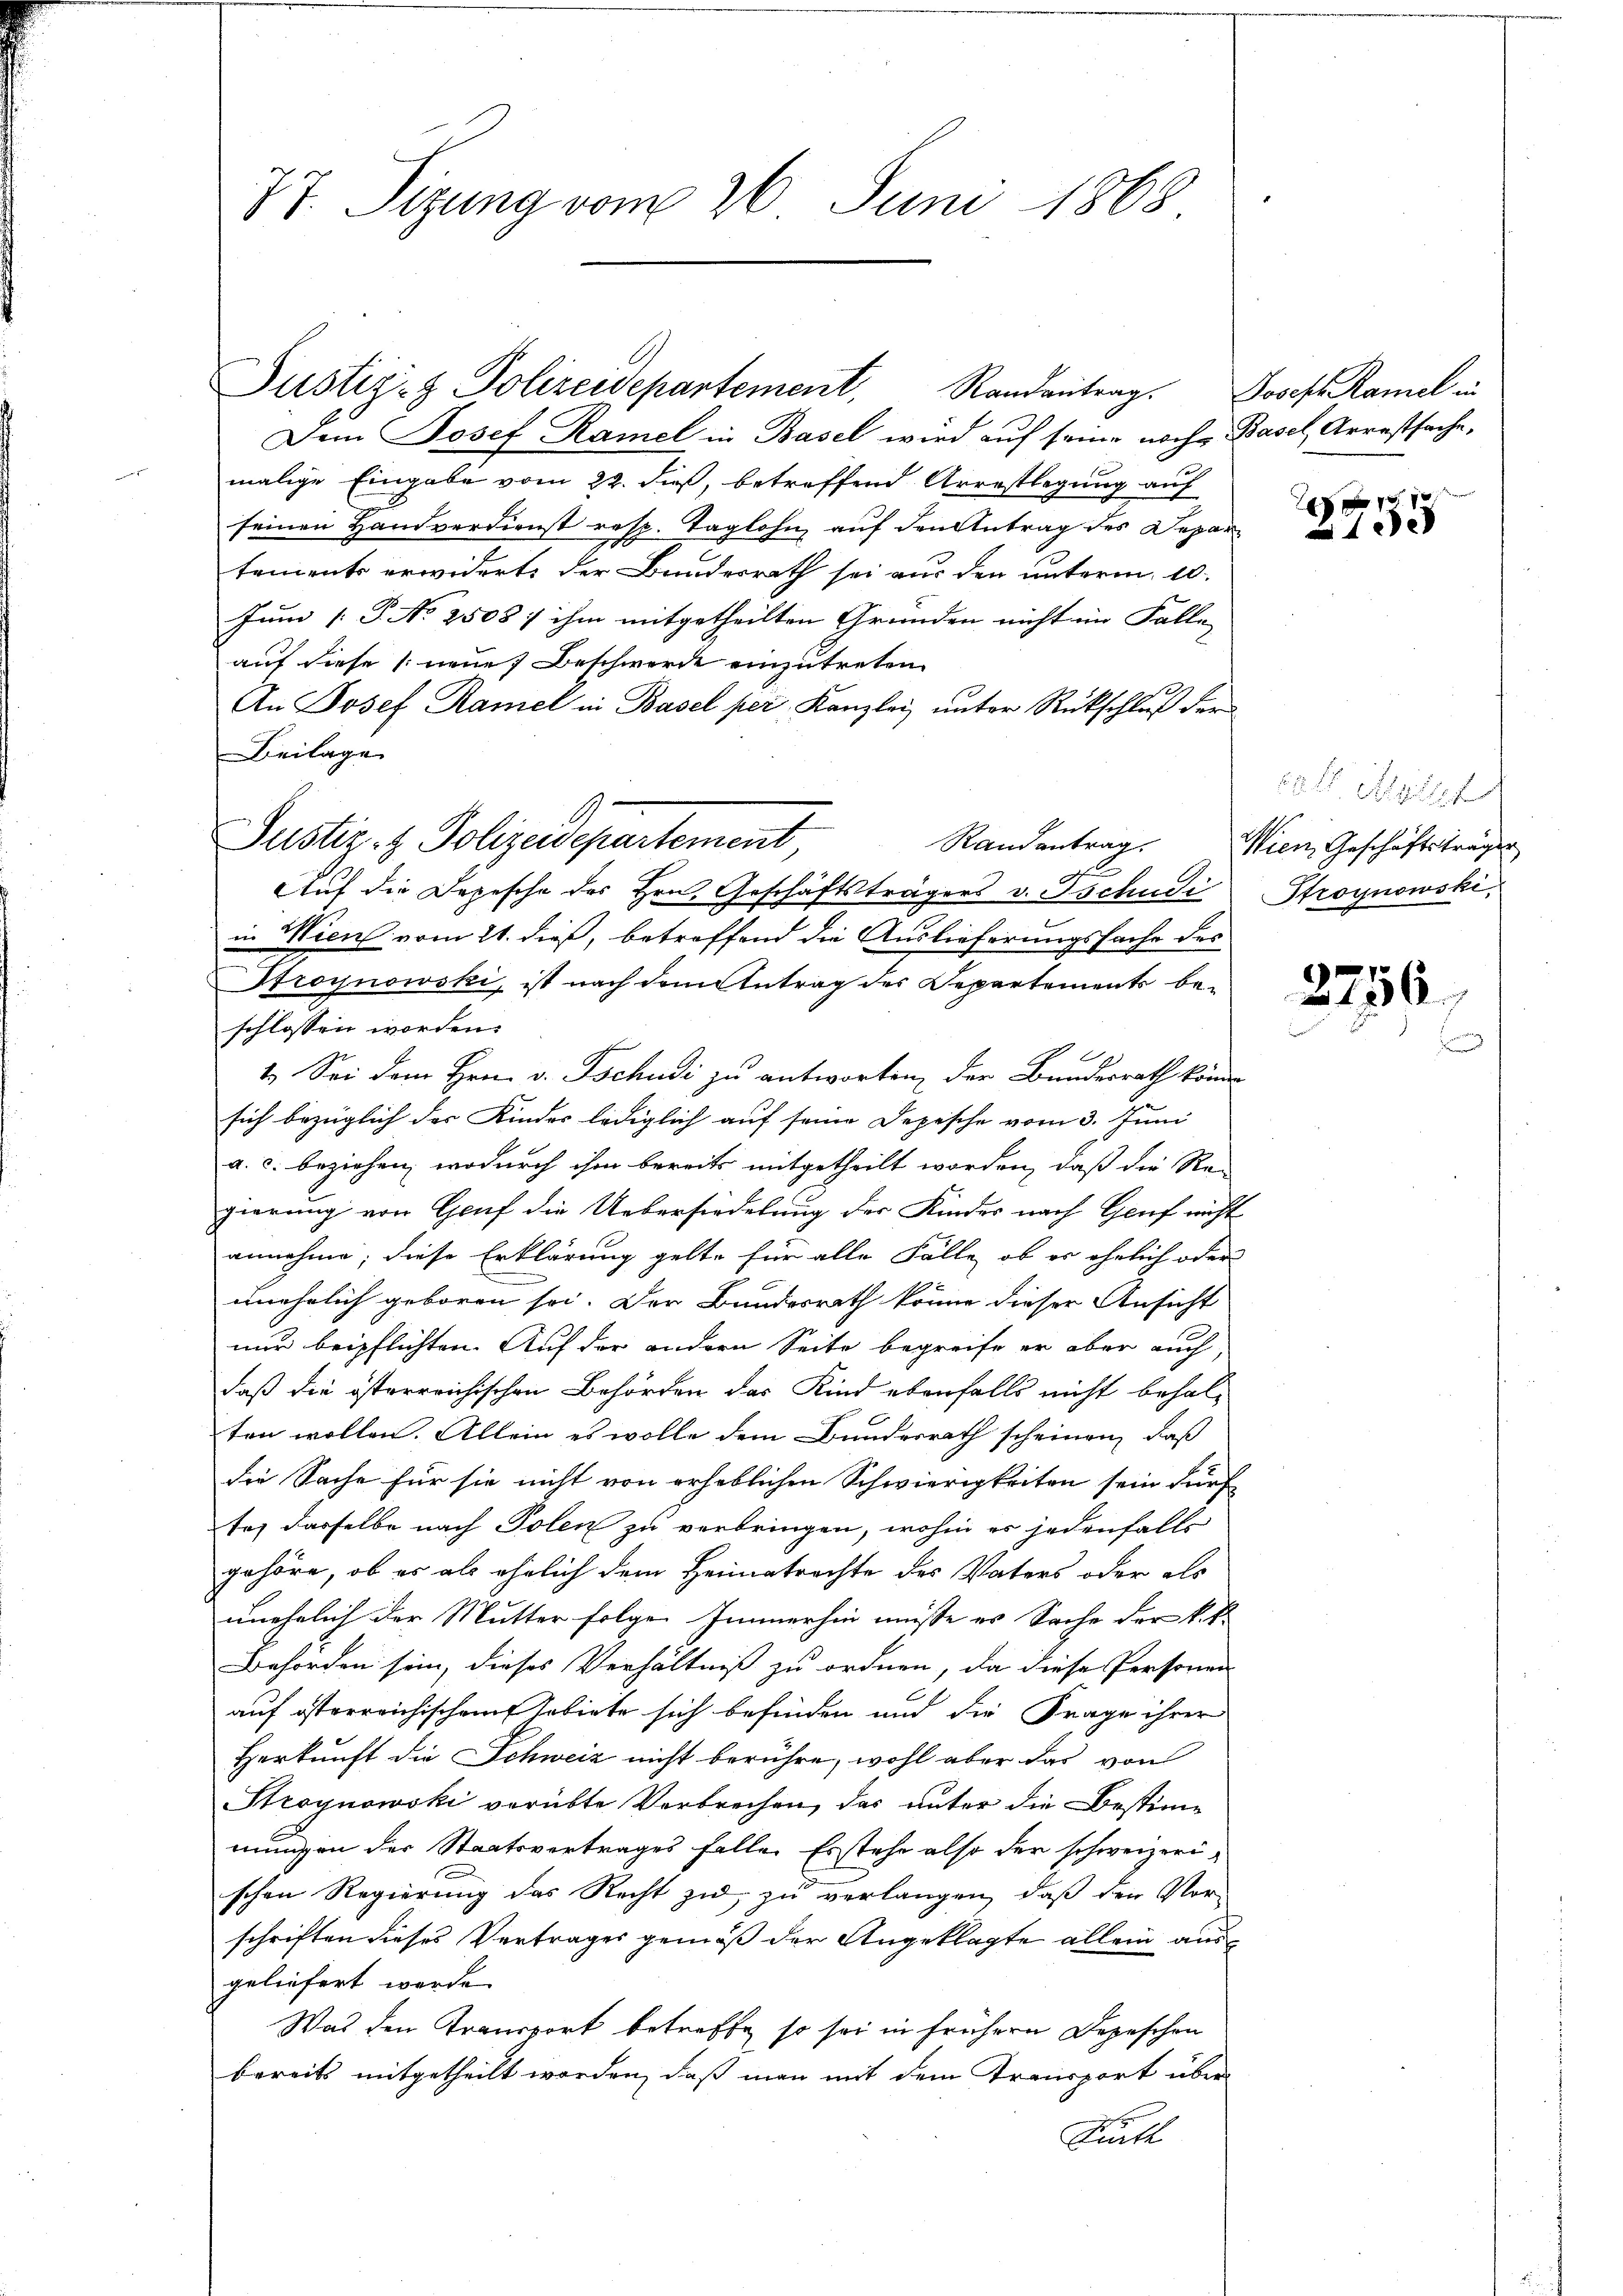
87. Sizung vom 26. Juni 1868

Justiz- & Polizeidepartement
Randantrag.

Justiz- & Polizeidepartement, Randantrag.
Dem Josef Ramel in Basel wird auf seine nachmalige Eingabe vom 22. dieß, betreffend Arrestlegung auf
seinen Handverdienst resp. Taglohn auf den Antrag des Depatements erwidert, der Bundesrath sei aus den unterm 10.
Juni /: P. No 2508 / ihm mitgetheilten Gründen nicht im Falle
auf diese neue Beschwerde einzutreten
An Josef Ramel in Basel per Kanzlei unter Rückschluß der
Beilage
e
Auf die Depesche des Hrn. Geschäftsträgers v. Tschudi
in Wien vom 21. dieß, betroffend die Auslieferungssache des
Stroynowski, ist nach dem Antrag des Departements beschlossen worden.
4. Sei dem Hrn. v. Tschudi zu antworten, der Bundesrath könn
sich bezüglich des Kindes lediglich auf seine Depesche vom 3. Juni
a. c. beziehen, wodurch ihm bereits mitgetheilt worden, daß die Re-
gierung von Genf die Uebersiedelung der Kinder nach Gruf nicht
annehme; diese Erklärung gelte für alle Fälle, ob er ehelich oder
unehelich geboren sei. Der Bundesrath könne dieser Ansicht
nur beipflichten. Auf der andern Seite begreife er aber auch,
daß die österreichischen Behörden das Kind ebenfalls nicht behalten wollen. Allein es wolle dem Bundesrath scheinen, daß
die Sache für sie nicht von erheblichen Schwierigkeiten sein dürf
te, dasselbe nach Polen zu verbringen, wohin er jedenfalls
gehöre, ob er als ehelich dem Heimatrachte des Vaters oder als
unehelich der Mutter folgen Immerhin müsse es Sache der kir
Behörden sein, dieses Verhältniß zu ordnen, da diese Personen
auf österreichischem Tobirte sich befinden und die Frage ihrer
Herkunft die Schweiz nicht berühre, wohl aber das von
Stroynowski vorübte Verbrechen, das unter die Bestimmungen der Staatsvertrages falle. Erstehe also der schweizerischen Regierung des Recht zu zu verlangen, daß den Nor-
schriften dieses Vertrages gemäß der Angeklagte allein aus
geliefert werde.
Was den Transport betreffe, so sei in frühern Depeschen
bereits mitgetheilt worden, daß man mit dem Transport über
Rutt

Josef Ramel in
Basel, Arrestfache,

40 x
135

cals Milit
Wien Geschäftsträger
Stroynowski,

2756.